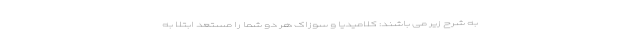
به شرح زیر می باشند: کلامیدیا و سوزاک هر دو شما را مستعد ابتلا به